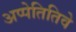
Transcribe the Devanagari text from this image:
अप्पेतितिवे